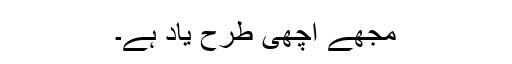
مجھے اچھی طرح یاد ہے۔